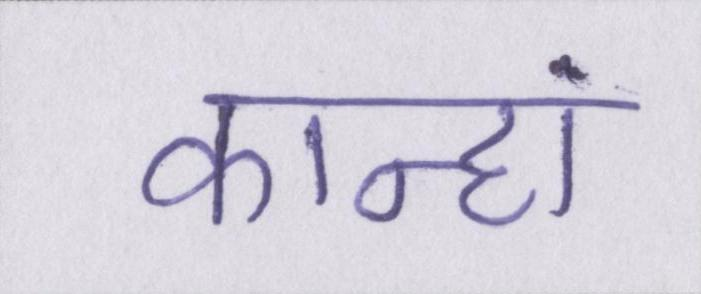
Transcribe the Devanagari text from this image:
कान्हां